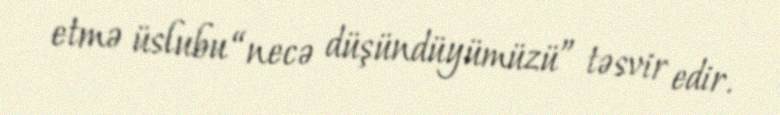
etmə üslubu “necə düşündüyümüzü” təsvir edir.